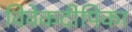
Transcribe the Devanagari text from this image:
विवेकदीपिका